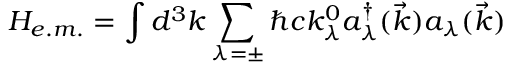
H _ { e . m . } = \int d ^ { 3 } k \sum _ { \lambda = \pm } \hbar c k _ { \lambda } ^ { 0 } a _ { \lambda } ^ { \dagger } ( \vec { k } ) a _ { \lambda } ( \vec { k } )